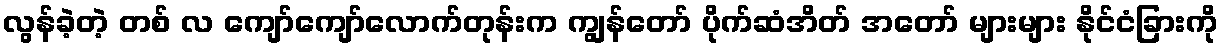
လွန်ခဲ့တဲ့ တစ် လ ကျော်ကျော်လောက်တုန်းက ကျွန်တော် ပိုက်ဆံအိတ် အတော် များများ နိုင်ငံခြားကို